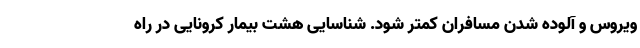
ویروس و آلوده شدن مسافران کمتر شود. شناسایی هشت بیمار کرونایی در راه